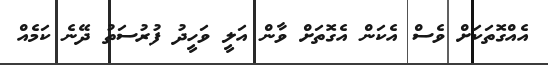
އެއްގޮތަކަށް ވެސް އެކަން އެގޮތަށް ވާން އަލީ ވަހީދު ފުރުސަތު ދޭނެ ކަމެއް